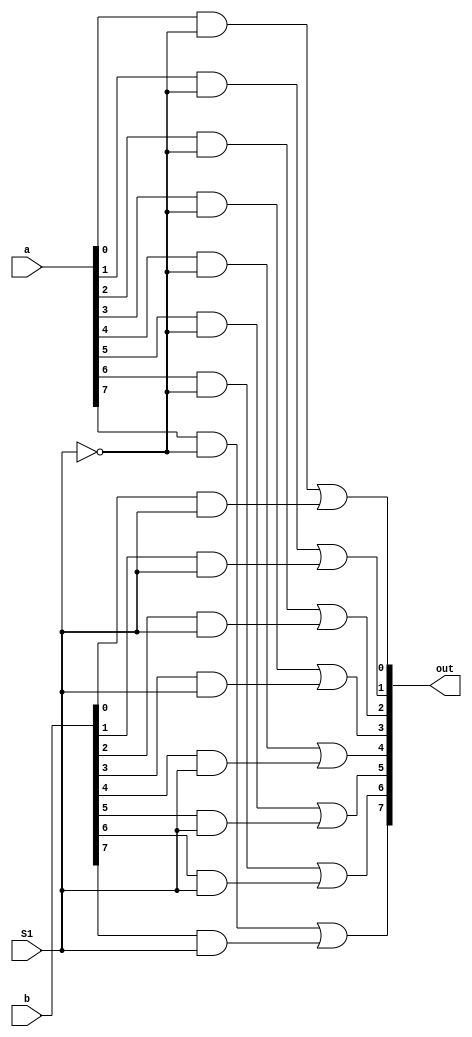
module mux2(out,a,b,S1);
input [7:0] a,b;
input S1;
output [7:0] out;

wire S2n,S3n; //not S3 , S2
wire [7:0] w1,w2;

 not n0(S1n,S1);
 
 and a1(w1[0],a[0],S1n);
 and a2(w1[1],a[1],S1n);
 and a3(w1[2],a[2],S1n);
 and a4(w1[3],a[3],S1n);
 and a5(w1[4],a[4],S1n);
 and a6(w1[5],a[5],S1n);
 and a7(w1[6],a[6],S1n);
 and a8(w1[7],a[7],S1n);
 
 and b1(w2[0],b[0],S1);
 and b2(w2[1],b[1],S1);
 and b3(w2[2],b[2],S1);
 and b4(w2[3],b[3],S1);
 and b5(w2[4],b[4],S1);
 and b6(w2[5],b[5],S1);
 and b7(w2[6],b[6],S1);
 and b8(w2[7],b[7],S1);
 
 

or or1(out[0],w1[0],w2[0]);
or or2(out[1],w1[1],w2[1]);
or or3(out[2],w1[2],w2[2]);
or or4(out[3],w1[3],w2[3]);
or or5(out[4],w1[4],w2[4]);
or or6(out[5],w1[5],w2[5]);
or or7(out[6],w1[6],w2[6]);
or or8(out[7],w1[7],w2[7]);


endmodule